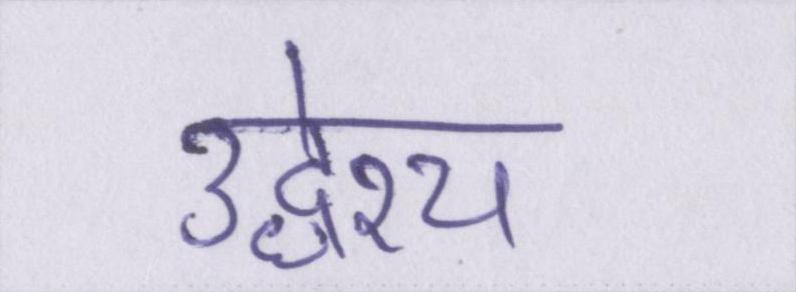
उद्धेश्य